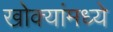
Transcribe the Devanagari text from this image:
खोक्यांमध्ये